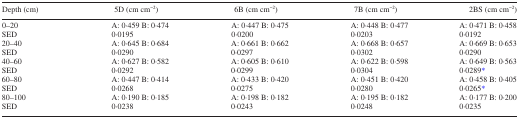
<table><thead><tr><td><b>Depth (cm)</b></td><td><b>5D (cm cm<sup>−2</sup>)</b></td><td><b>6B (cm cm<sup>−2</sup>)</b></td><td><b>7B (cm cm<sup>−2</sup>)</b></td><td><b>2BS (cm cm<sup>−2</sup>)</b></td></tr></thead><tbody><tr><td>0–20</td><td>A: 0·459 B: 0·474</td><td>A: 0·447 B: 0·475</td><td>A: 0·448 B: 0·477</td><td>A: 0·471 B: 0·458</td></tr><tr><td>SED</td><td>0·0195</td><td>0·0200</td><td>0·0203</td><td>0·0192</td></tr><tr><td>20–40</td><td>A: 0·645 B: 0·684</td><td>A: 0·661 B: 0·662</td><td>A: 0·668 B: 0·657</td><td>A: 0·669 B: 0·653</td></tr><tr><td>SED</td><td>0·0290</td><td>0·0297</td><td>0·0302</td><td>0·0290</td></tr><tr><td>40–60</td><td>A: 0·627 B: 0·582</td><td>A: 0·605 B: 0·610</td><td>A: 0·622 B: 0·598</td><td>A: 0·649 B: 0·563</td></tr><tr><td>SED</td><td>0·0292</td><td>0·0299</td><td>0·0304</td><td>0·0289*</td></tr><tr><td>60–80</td><td>A: 0·447 B: 0·414</td><td>A: 0·433 B: 0·420</td><td>A: 0·451 B: 0·420</td><td>A: 0·458 B: 0·405</td></tr><tr><td>SED</td><td>0·0268</td><td>0·0275</td><td>0·0280</td><td>0·0265*</td></tr><tr><td>80–100</td><td>A: 0·190 B: 0·185</td><td>A: 0·198 B: 0·182</td><td>A: 0·195 B: 0·182</td><td>A: 0·177 B: 0·200</td></tr><tr><td>SED</td><td>0·0238</td><td>0·0243</td><td>0·0248</td><td>0·0235</td></tr></tbody></table>